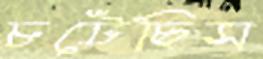
চটেছিস